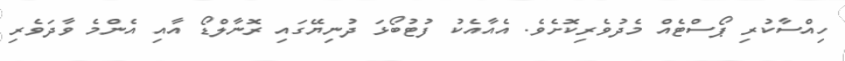
ހިއްސާކުރި ޕޯސްޓެއް މެދުވެރިކޮށެވެ. އެއާއެކު ފުޓުބޯޅަ ދުނިޔޭގައި ރޮނާލްޑޯ އާއި އެންމެ ވާދަވެރި